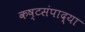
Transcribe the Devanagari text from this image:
कष्टसंपाद्या